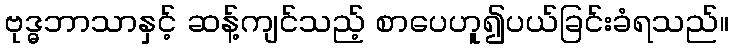
ဗုဒ္ဓဘာသာနှင့် ဆန့်ကျင်သည့် စာပေဟူ၍ပယ်ခြင်းခံရသည်။